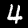
Label: 4